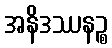
အနိဒဿနဉ္စ